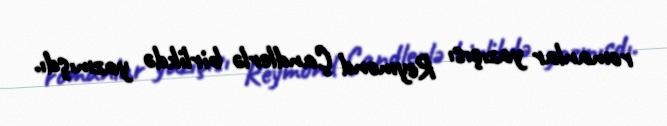
romanlar yazıçısı Reymond Çandlerlə birlikdə yazmışdı.